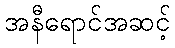
အနီရောင်အဆင့်